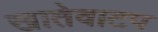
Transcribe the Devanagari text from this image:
खातेवाटप